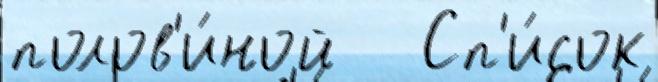
полов'и́ной   Сп'и́сок